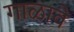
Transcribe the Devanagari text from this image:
गाळावे